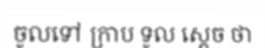
ចូលទៅ ក្រាប ទូល ស្តេច ថា